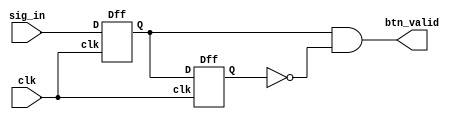
`timescale 1ns / 1ps
//////////////////////////////////////////////////////////////////////////////////
// Company: 
// Engineer: 
// 
// Design Name: 
// Module Name: debouncer
// Project Name: 
// Target Devices: 
// Tool Versions: 
// Description: 
// 
// Dependencies: 
// 
// Revision:
// Revision 0.01 - File Created
// Additional Comments:
// 
//////////////////////////////////////////////////////////////////////////////////

module debouncer(input clk,
                 input sig_in,
                 output btn_valid
);

    wire Q1, Q2, Q2_bar;
    Dff d1(clk, sig_in, Q1);
    Dff d2(clk, Q1, Q2);
    
    assign Q2_bar = ~Q2;
    assign btn_valid = Q1 & Q2_bar;

endmodule

module Dff(input clk,
           input  D,
           output reg Q,
           output reg Qbar
);

    always @(posedge clk) begin
        Q <= D;
        Qbar <= !Q;
    end

endmodule